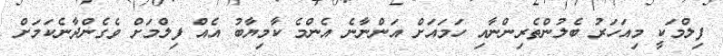
ފިލްމަކީ މިއަހަރު ބެލުންތެރިންނާއި ހަމައަށް އަންނާނެ އެންމެ ކާމިޔާބު އެއް ފިލްމަށް ވެގެންދާނެކަމަށް